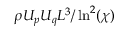
\rho U _ { p } U _ { q } L ^ { 3 } / \ln ^ { 2 } ( \chi )